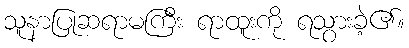
သူနာပြုဆရာမကြီး ရာထူးကို ရသွားခဲ့၏။